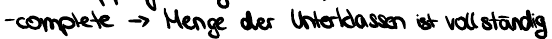
- complete -> Menge der Unterklassen ist vollständig